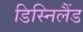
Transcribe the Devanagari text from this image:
डिस्निलैंड